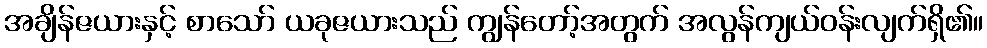
အချိန်ဇယားနှင့် စာသော် ယခုဇယားသည် ကျွန်တော့်အတွက် အလွန်ကျယ်ဝန်းလျက်ရှိ၏။